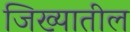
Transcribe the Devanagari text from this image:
जिख्यातील